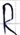
Text: R